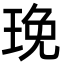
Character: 㻊